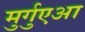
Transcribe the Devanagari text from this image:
मुर्गुएआ